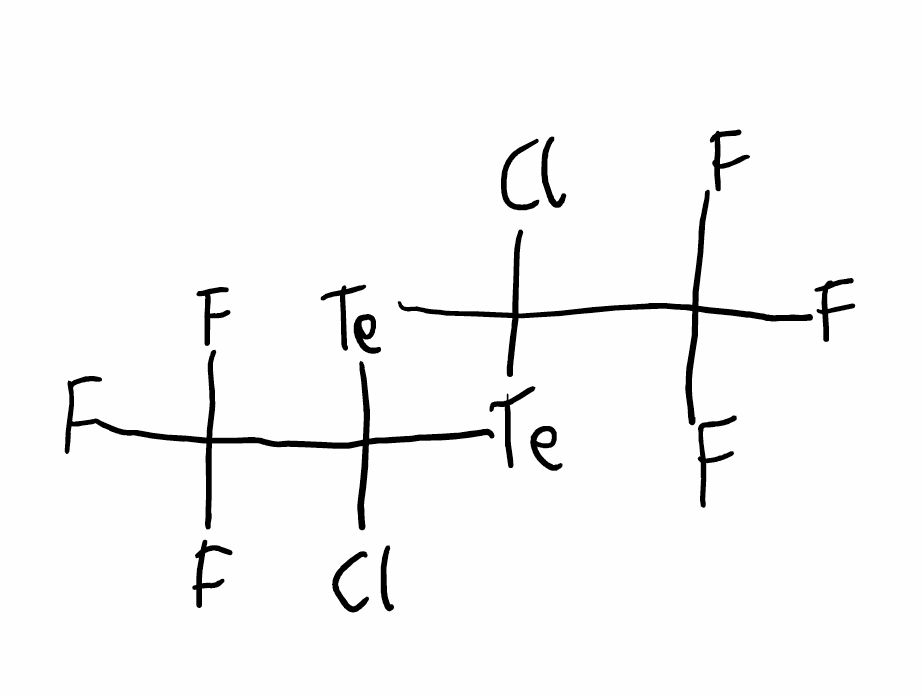
Simplified molecular-input line-entry system (SMILES) notation of the given molecule:
C1([Te]C([Te]1)(C(F)(F)F)Cl)(C(F)(F)F)Cl